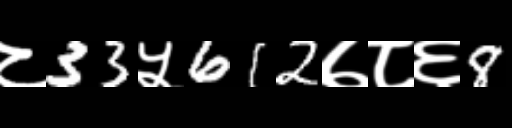
Text: ८33५612७८६8